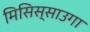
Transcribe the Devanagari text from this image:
मिसिस्साउगा